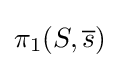
\pi _{1}(S,{\overline {s}})